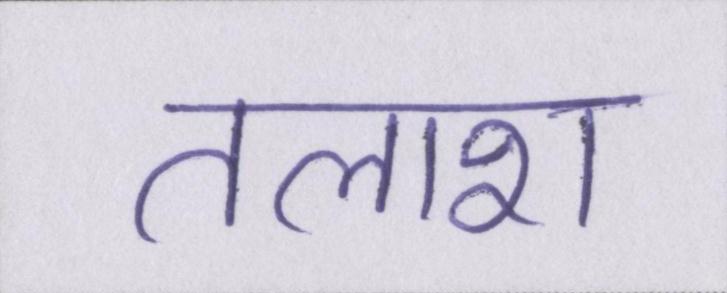
तलाश